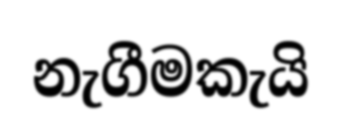
නැගීමකැයි